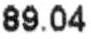
89.04